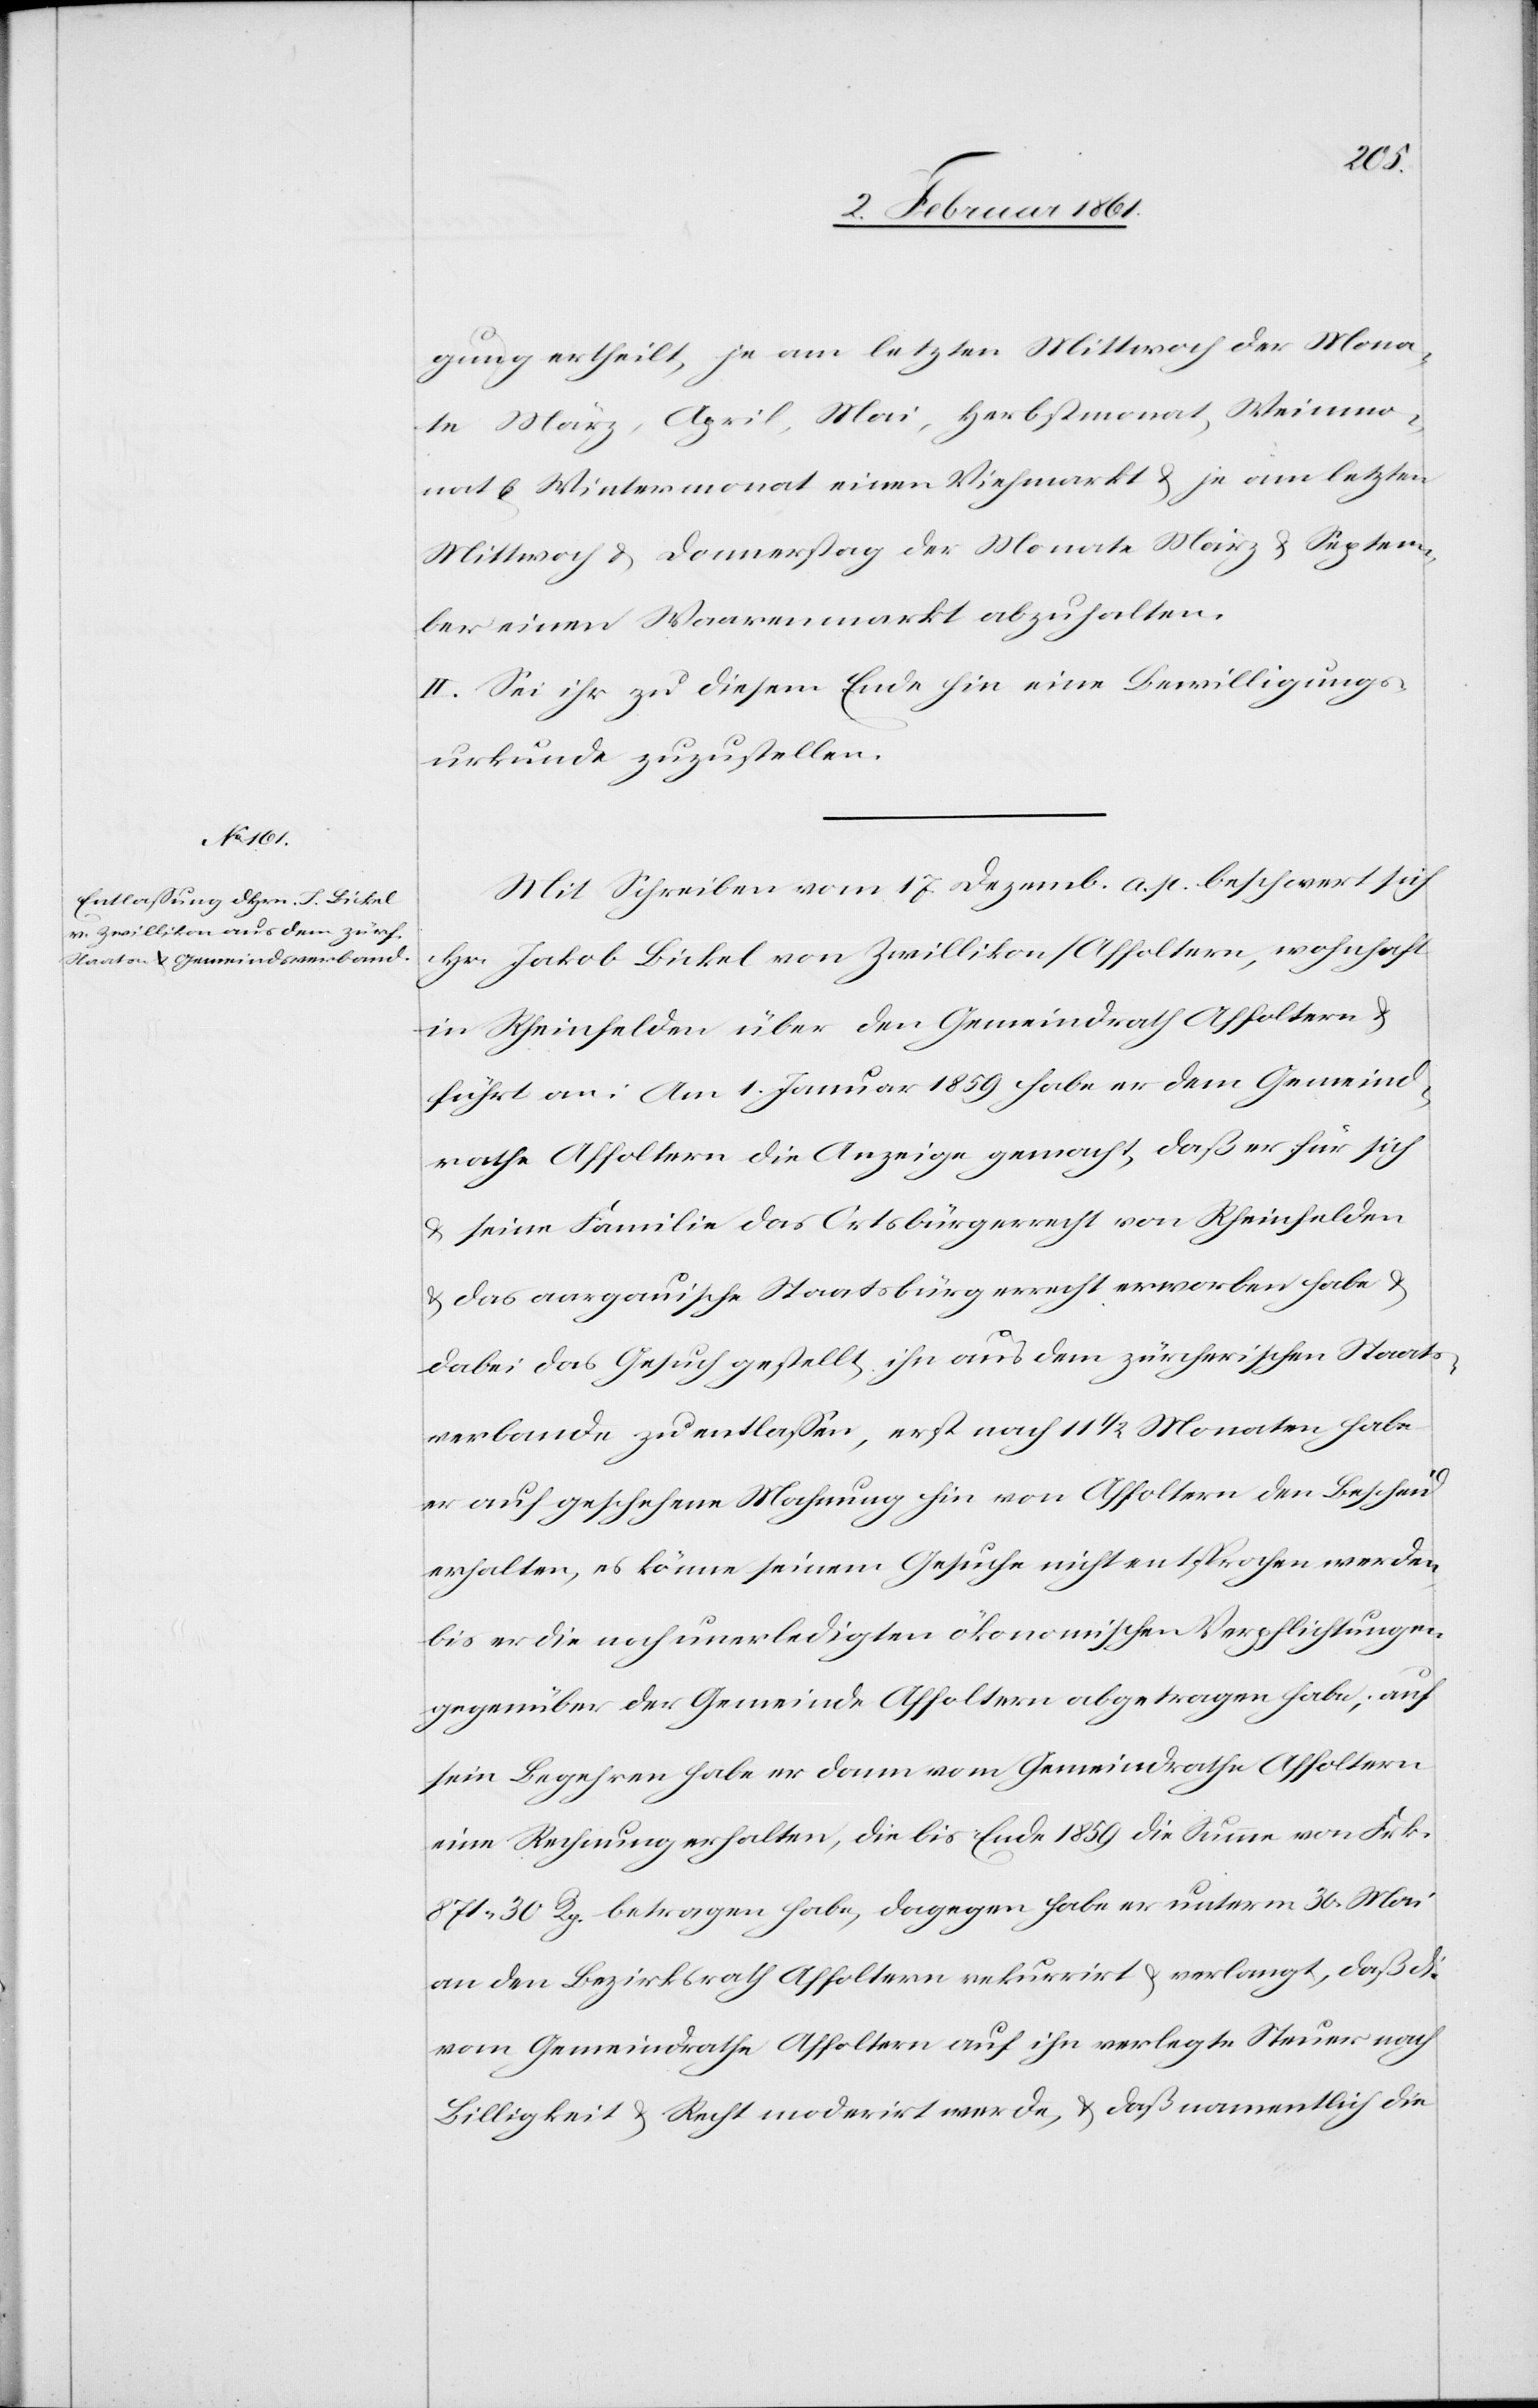
gung erteilt, je am letzten Mittwoch der Mona¬
te März, April, Mai, Herbstmonat, Weinmo¬
nat u. Wintermonat einen Viehmarkt u. je am letzten
Mittwoch u. Donnerstag der Monate März u. Septem¬
ber einen Waarenmarkt abzuhalten.
II. Sei ihr zu diesem Ende hin eine Bewilligungs¬
urkunde zuzustellen.
Mit Schreiben vom 17. Dezemb. a. p. beschwert sich
Hr. Jakob Bickel von Zwillikon / Affoltern, wohnhaft
in Rheinfelden über den Gemeindrath Affoltern u.
führt an: Am 1. Januar 1859 habe er dem Gemeind¬
rathe Affoltern die Anzeige gemacht, daß er für sich
u. seine Familie das Ortsbürgerrecht von Rheinfelden
u. das aargauische Staatsbürgerrecht erworben habe u.
dabei das Gesuch gestellt, ihn aus dem zürcherischen Staats¬
verbande zu entlassen, erst nach 11 1/2 Monaten habe
er auf geschehene Mahnung hin von Affoltern den Bescheid
erhalten, es könne seinem Gesuche nicht entsprochen werden,
bis er die noch unerledigten ökonomischen Verpflichtungen
gegenüber der Gemeinde Affoltern abgetragen habe; auf
sein Begehren habe er dann vom Gemeindrathe Affoltern
eine Rechnung erhalten, die bis Ende 1859 die Summe von Frk.
871. 30 Rp. betragen habe, dagegen habe er unterm 30. Mai
an den Bezirksrath Affoltern rekurrirt u. verlangt, daß die
vom Gemeindrathe Affoltern auf ihn verlegte Steuer nach
Billigkeit u. Recht moderirt werde, u. daß namentlich die